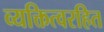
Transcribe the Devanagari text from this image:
व्यक्तित्वरहित